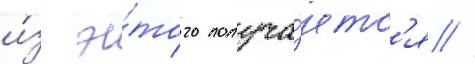
и́з э́того получа́етс'я //